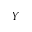
Y